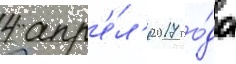
4 апр'е́л'я 2017 го́да